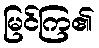
မြင်ကြ၏